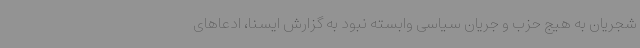
شجریان به هیج حزب و جریان سیاسی وابسته نبود به گزارش ایسنا، ادعاهای